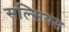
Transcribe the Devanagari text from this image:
सल्सियस